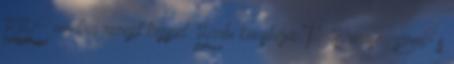
BBC módra recept képpel. Barbi konyhája: Túrós, mascarpone- s